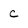
Character: C